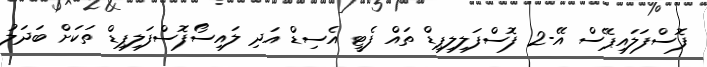
ފޮސްފަލައިޕޭސް އޭ-2 ފޮސްފަލިލިޕިޑް ތައް ފެޓީ އެސިޑް އަދި ލައިސޯފޮސްފަލިޕިޑް ތަކަށް ބަދަލު